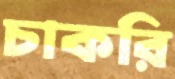
চাকরি